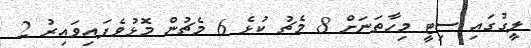
ލީގުގައި ސިޓީ މިހާތަނަށް 8 މެޗު ކުޅެ 6 މެޗުން މޮޅުވެފައިވައިރު 2